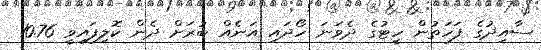
ސާއިދުގެ ފަހަތުން ހީޓުގެ ދެވަނަ ހޯދައި އަނެއް ބުރަށް ދެން ކޮލިފައިވީ 10.76